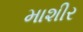
માશીર